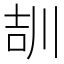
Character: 𡔠